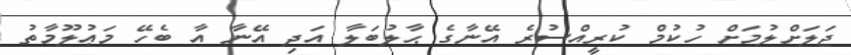
ޖަލަށްލުމަށް ހުކުމް ކުރީއްސުރެ އޭނާގެ ޙާލުބަލާ އަދި އޭނާ އާ ބެހޭ މަޢުލޫމާތު